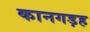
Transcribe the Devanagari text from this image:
कानगड़ह